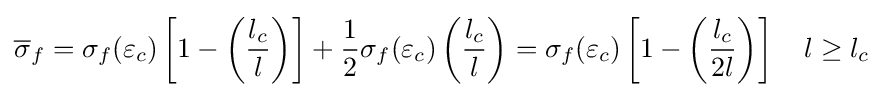
{\overline {\sigma }}_{f}=\sigma _{f}(\varepsilon _{c})\left[1-\left({\frac {l_{c}}{l}}\right)\right]+{\frac {1}{2}}\sigma _{f}(\varepsilon _{c})\left({\frac {l_{c}}{l}}\right)=\sigma _{f}(\varepsilon _{c})\left[1-\left({\frac {l_{c}}{2l}}\right)\right]\quad l\geq l_{c}